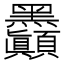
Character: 𪓇